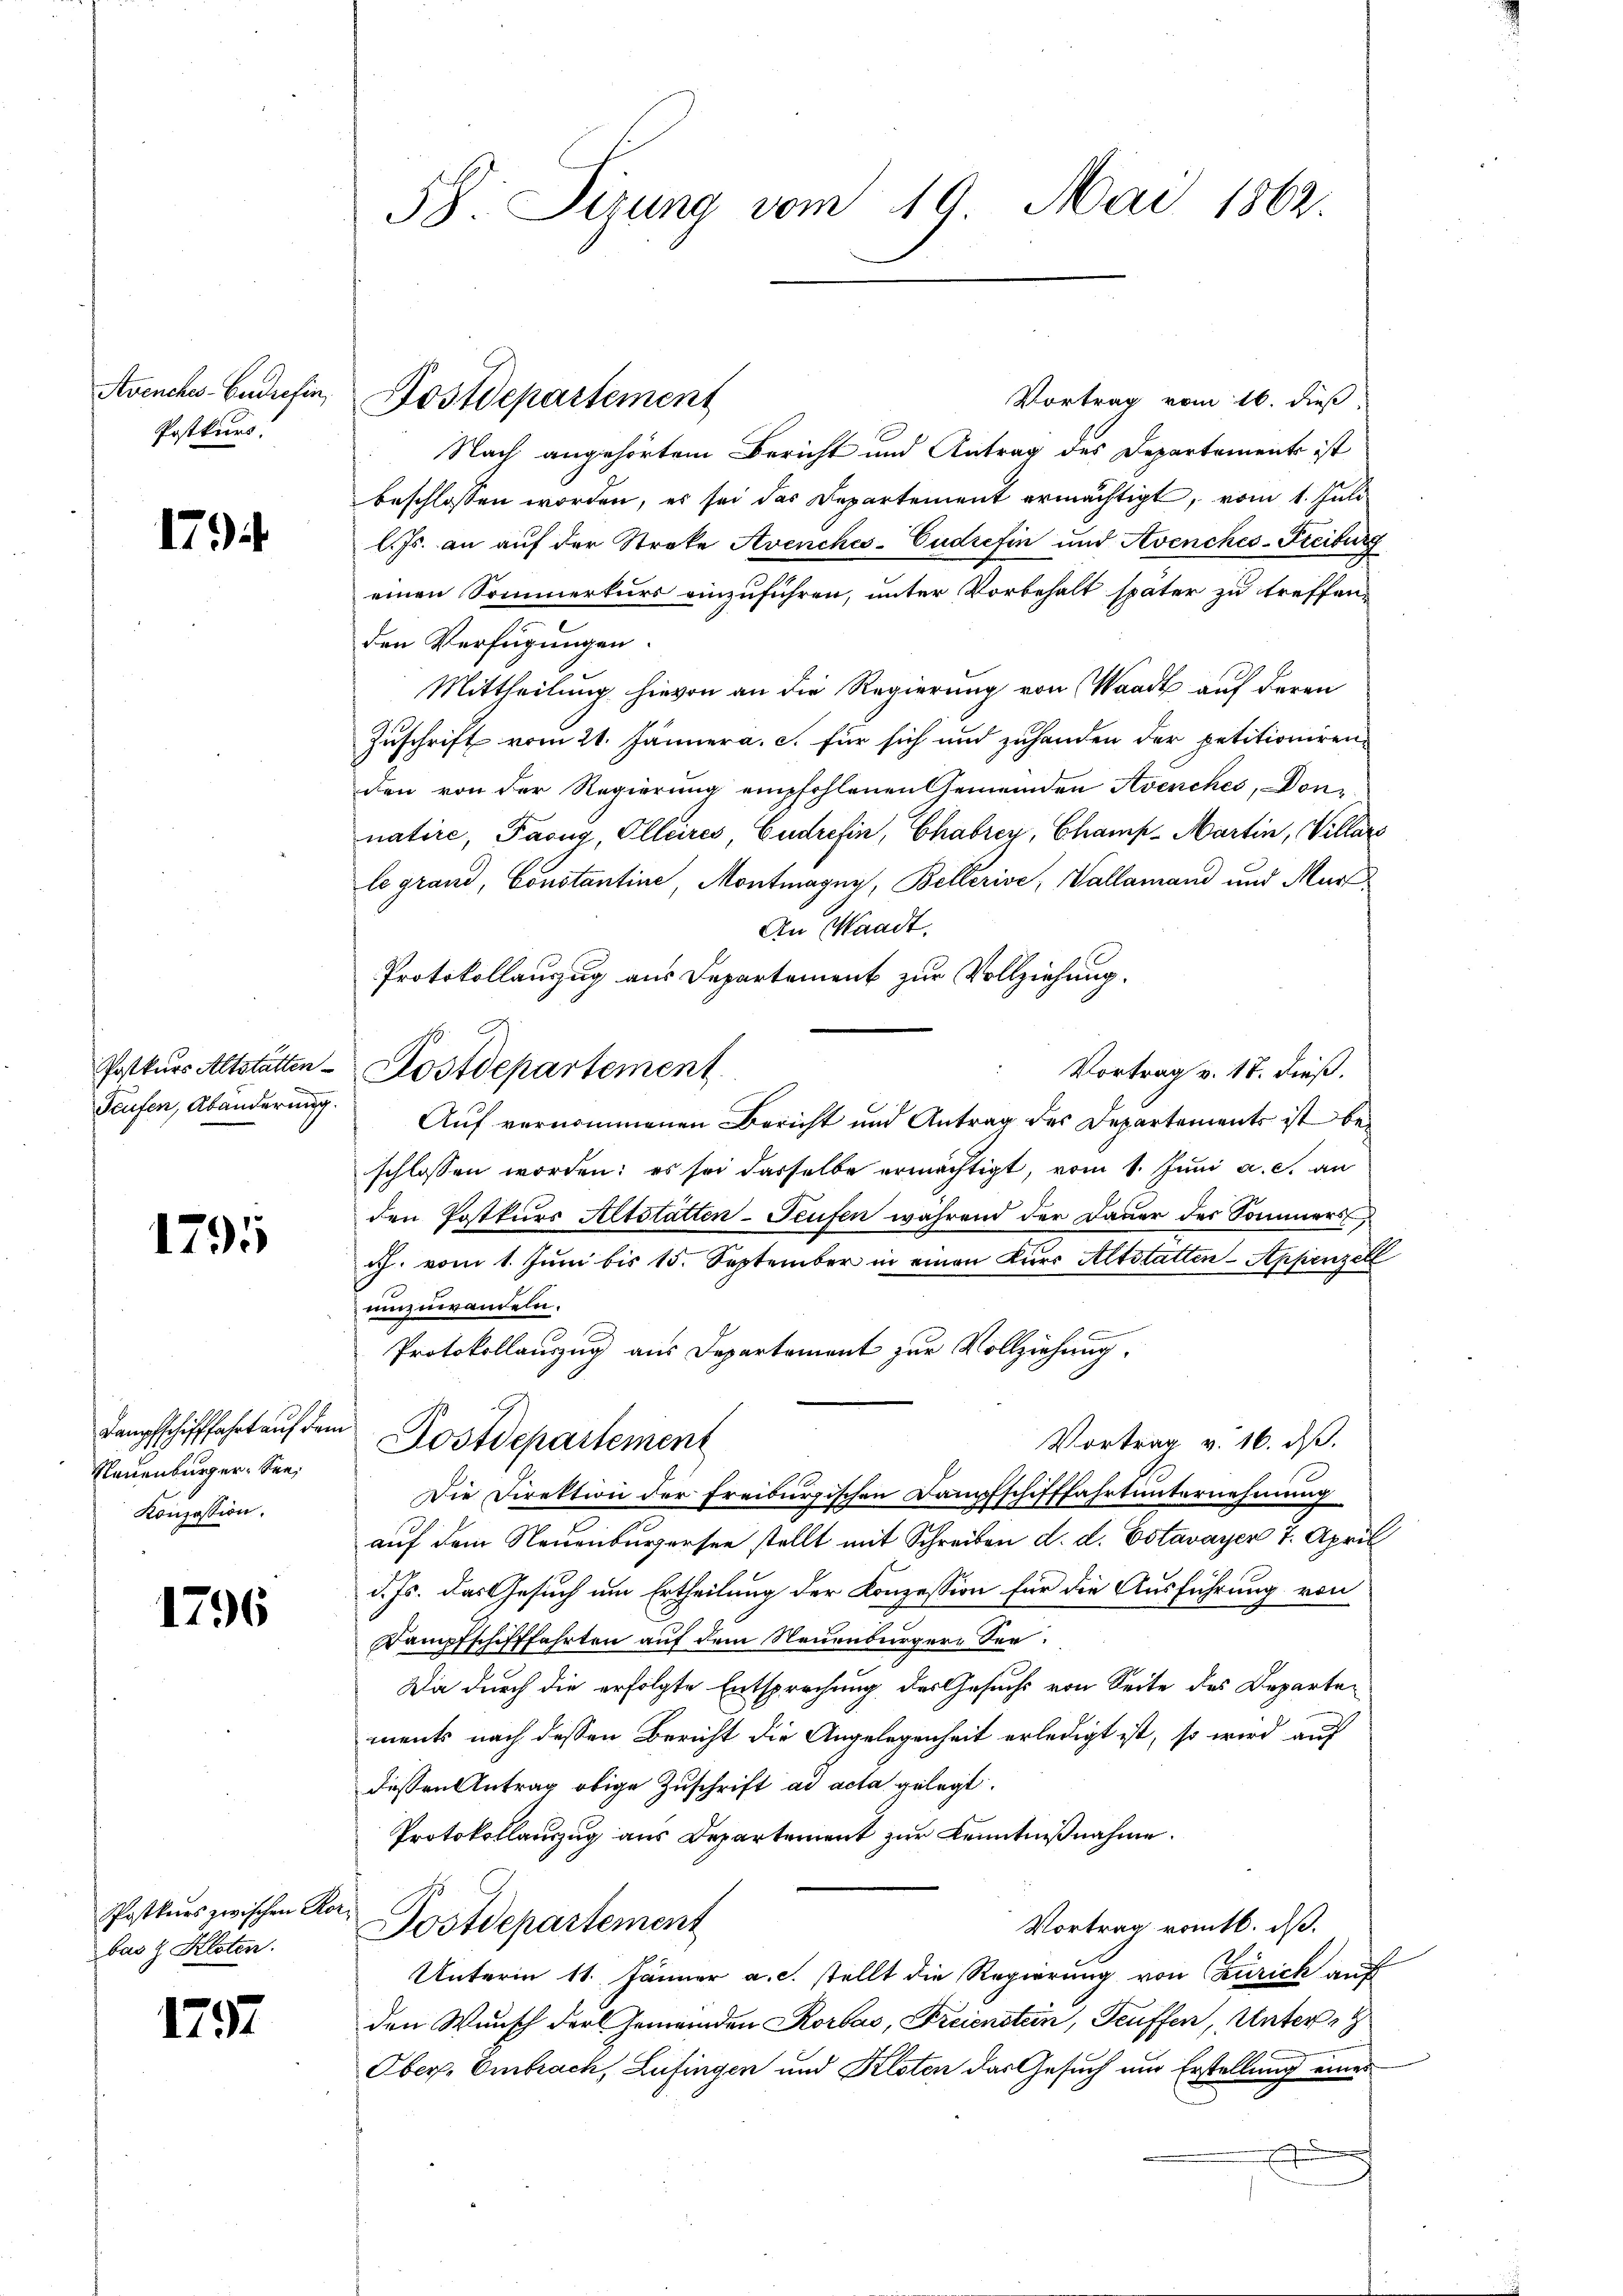
Avenches Endrefin,
Postkurs.

179

Teufen, Abänderung.

1795

Dampfschifffahrt auf dem
Neuenburger See¬
Konzession.

1796

Postkurs zwischen Korbas & Kloten.

1797

38. Sizung vom 19. Mai 1862.

Vortrag vom 16. dieß
Nach angehörtem Bericht und Antrag des Departements ist
beschlossen worden, es sei das Departement ermächtigt, vom 1. Juli
l. Js. an auf der Streke Avenches-Cudrefin und Avenches-Freiburg
einen Sommerkurs einzuführen, unter Vorbehalt später zu treffen,
den Verfügungen.
Mittheilung hievon an die Regierung von Waadt auf deren
Zuschrift vom 21. Jänner a. c. für sich und zuhanden der petitionirenden von der Regierung empfohlenen Gemeinden Avenches, Donnatire, Pasug, Ollaires Gudrefin, Chabrey, Champ- Martin, Villars
le grand, Constantine, Montmagny, Bellerive, Vallamand und Mars
An Waadt.
Protokollauszug aus Departement zur Vollziehung.
Vortrag v. 18. dieß.
Auf vernommenen Bericht und Antrag des Departements ist beschlossen worden; es sei dasselbe ermächtigt, vom 1. Juni a. c. an
den Postkurs Altstatten-Teufen während der Dauer des Sommers,
ich. vom 1. Juni bis 15. September in einen Kurr Altstatten-Appenzell
umzuwanden.
Protokollauszug aus Departement zur Vollziehung,
Vortrag v. 16. d.
Postdepartement
Die Direktion der Freiburgischen Dampfschifffahrtunternehmung
auf dem Neuenburgersee stellt mit Schreiben d. d. Estavayer 7. April
d. Js. das Gesuch um Ertheilung der Konzession für die Ausführung von
Dampfschifffahrten auf dem Neuenburger See¬
Da durch die erfolgte Entsprechung des Gesuchs von Seite des Departements nach dessen Bericht die Angelegenheit erledigt ist, so wird auf
dessen Antrag obige Zuschrift ad acta gelegt.
Protokollauszug aus Departement zur Kenntnißnahme.
Postdepartement
Vortrag romtl. dß.
Unterm 11. Jänner a.c. stellt die Regierung von Zürich auf
den Wunsch der Gemeinden Korbas, Freienstein, Teuffen, Untert
Ober. Embrach, Lufingen und Kloten das Gesuch um Erstellung eines
n

Dostdepartement

Postkurs Altstätten-Kostdepartement